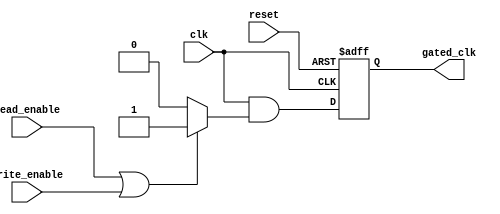
module dynamic_clock_gating (
    input wire clk,                // Main clock input
    input wire reset,              // Reset signal
    input wire read_enable,        // Read operation enable signal
    input wire write_enable,       // Write operation enable signal
    output wire gated_clk          // Gated clock output
);

// Clock gating control logic
reg clk_enable;
always @(*) begin
    // Enable clock if there is a read or write operation
    if (read_enable || write_enable) begin
        clk_enable = 1'b1; // Enable clock
    end else begin
        clk_enable = 1'b0; // Disable clock
    end
end

// Clock gating cell
wire gated_clk_internal;
assign gated_clk_internal = clk & clk_enable;

// Synchronizing gated clock with reset
reg gated_clk_reg;
always @(posedge clk or posedge reset) begin
    if (reset) begin
        gated_clk_reg <= 1'b0; // Reset gated clock
    end else begin
        gated_clk_reg <= gated_clk_internal; // Update gated clock
    end
end

assign gated_clk = gated_clk_reg; // Final gated clock output

endmodule